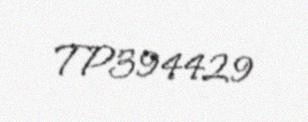
TP394429